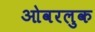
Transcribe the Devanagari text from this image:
ओवरलुक